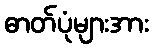
ဓာတ်ပုံများအား